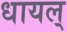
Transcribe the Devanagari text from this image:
धायल्